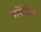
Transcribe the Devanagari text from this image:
वॉयोला